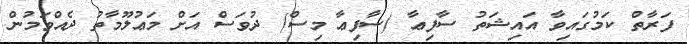
ފަރާތް ކަމުގައިވާ އައިޝަތު ސާފިޢާ (ސާފިޢާ މިސް) ދުވަސް އަށް މަޢުލޫމާތު ދެއްވަމުން